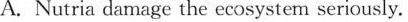
A. Nutria damage the ecosystem seriously.